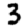
Digit: 3